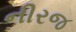
નીરજ